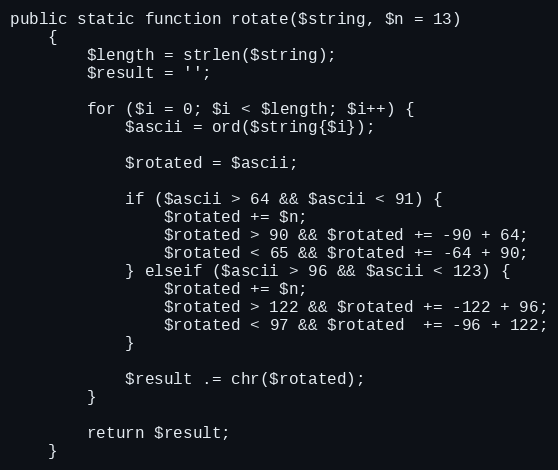
Language: PHP
public static function rotate($string, $n = 13)
    {
        $length = strlen($string);
        $result = '';

        for ($i = 0; $i < $length; $i++) {
            $ascii = ord($string{$i});

            $rotated = $ascii;

            if ($ascii > 64 && $ascii < 91) {
                $rotated += $n;
                $rotated > 90 && $rotated += -90 + 64;
                $rotated < 65 && $rotated += -64 + 90;
            } elseif ($ascii > 96 && $ascii < 123) {
                $rotated += $n;
                $rotated > 122 && $rotated += -122 + 96;
                $rotated < 97 && $rotated  += -96 + 122;
            }

            $result .= chr($rotated);
        }

        return $result;
    }